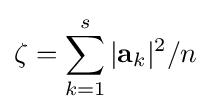
\zeta =\sum _{k=1}^{s}|\mathbf {a} _{k}|^{2}/n